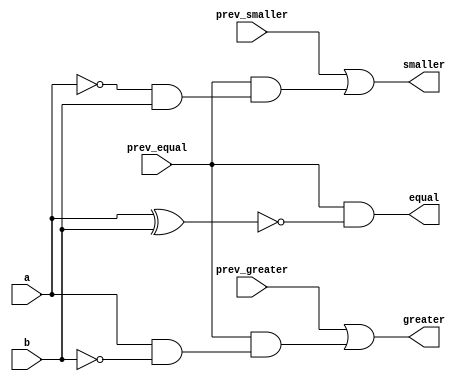
module one_bit_comaparator (a,b,prev_greater,prev_equal,prev_smaller,greater,equal,smaller);
input a,b,prev_greater,prev_equal,prev_smaller;
output reg greater,equal,smaller;

always @(a or b or prev_greater or prev_smaller or prev_equal) begin
   
    
    greater = prev_greater | (prev_equal & (a & ~b));
    smaller = prev_smaller | (prev_equal & (~a & b));
    equal = prev_equal & (~(a ^ b));
   
    
end
endmodule